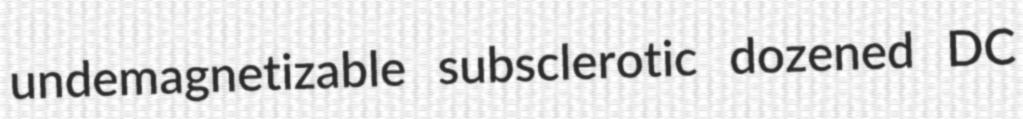
undemagnetizable subsclerotic dozened DC